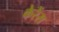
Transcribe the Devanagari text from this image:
केरेंस